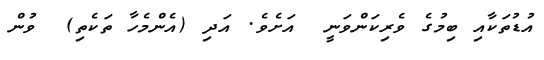
އުޑުތަކާއި ބިމުގެ ވެރިކަންވަނީ  އަށެވެ. އަދި (އެންމެހާ ތަކެތި)  ވުން